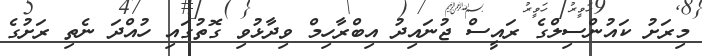
މިރަށު ކައުންސިލްގެ ރައީސް ޖުނައިދު އިބްރާހިމް ވިދާޅުވި ގޮތުގައި ހުއްދަ ނެތި ރަށުގެ